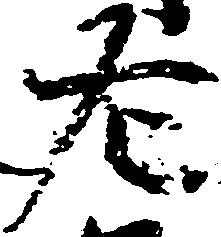
左